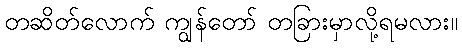
တဆိတ်လောက် ကျွန်တော် တခြားမှာလို့ရမလား။